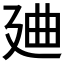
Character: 𱝒